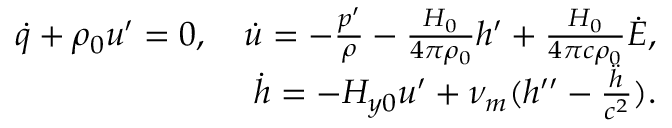
\begin{array} { r } { \dot { q } + \rho _ { 0 } u ^ { \prime } = 0 , \quad \dot { u } = - \frac { p ^ { \prime } } { \rho } - \frac { H _ { 0 } } { 4 \pi \rho _ { 0 } } h ^ { \prime } + \frac { H _ { 0 } } { 4 \pi c \rho _ { 0 } } \dot { E } , } \\ { \dot { h } = - H _ { y 0 } u ^ { \prime } + \nu _ { m } ( h ^ { \prime \prime } - \frac { \ddot { h } } { c ^ { 2 } } ) . } \end{array}